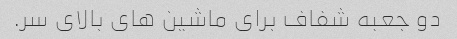
دو جعبه شفاف برای ماشین های بالای سر.